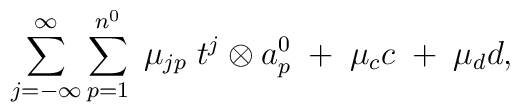
\sum_{j=-\infty}^{\infty}\sum_{p=1}^{n^{0}} \;\mu_{jp} \;t^{j} \otimes a_{p}^{0}\;+\;\mu_{c}c\;+\;\mu_{d}d ,